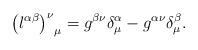
LaTeX: \begin{align*}{\left( l^{\alpha \beta} \right)^{\nu}}_{\mu} = g^{\beta \nu}\delta_{\mu}^{\alpha} - g^{\alpha\nu}\delta_{\mu}^{\beta}. \end{align*}